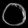
Digit: ၀